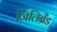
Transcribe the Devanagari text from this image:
जिलिब्रॅंड